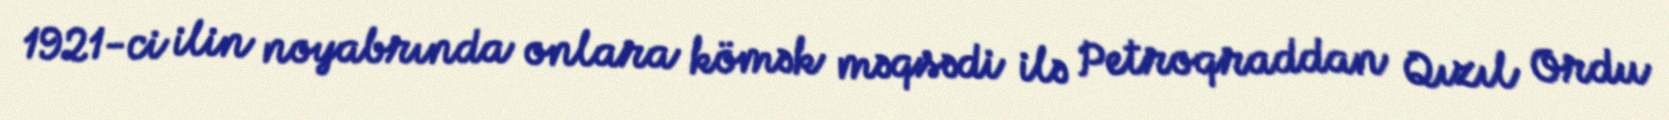
1921-ci ilin noyabrında onlara kömək məqsədi ilə Petroqraddan Qızıl Ordu